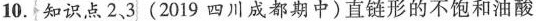
10.知识点2、3(2019四川成都期中)直链形的不饱和油酸